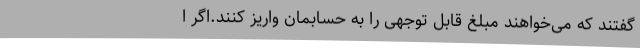
گفتند که می‌خواهند مبلغ قابل توجهی را به حسابمان واریز کنند.اگر ا